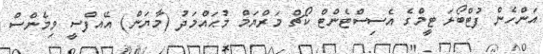
އަންހެން ފުޓްބޯޅަ ޓީމްގެ އެސިސްޓެންޓް ކޯޗް މަރްޔަމް މުޙައްމަދު (މާޔަން) އޭއފްސީ ވިމެންސް